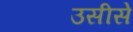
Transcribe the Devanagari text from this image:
उसीसे